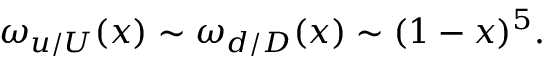
\omega _ { u / U } ( x ) \sim \omega _ { d / D } ( x ) \sim ( 1 - x ) ^ { 5 } .